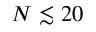
N \lesssim 2 0